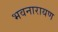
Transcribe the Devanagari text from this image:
भवनारायण